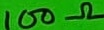
Text: 100Ω